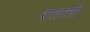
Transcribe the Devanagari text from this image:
रातात्सी